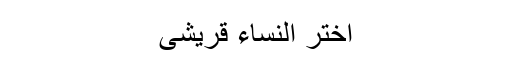
اختر النساء قریشی